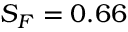
S _ { F } = 0 . 6 6